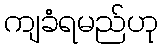
ကျခံရမည်ဟု